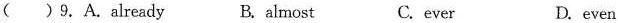
( ) 9.A.already B.almost C.ever D. even